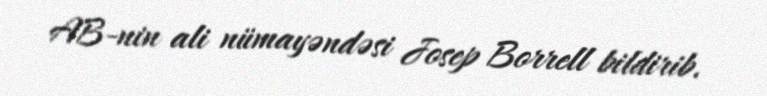
AB-nin ali nümayəndəsi Josep Borrell bildirib.